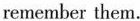
remember them.